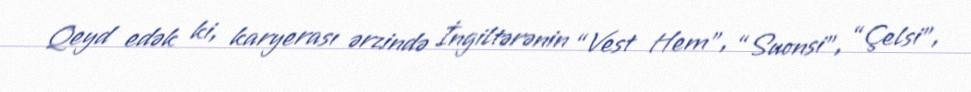
Qeyd edək ki, karyerası ərzində İngiltərənin “Vest Hem”, “Suonsi”, “Çelsi”,